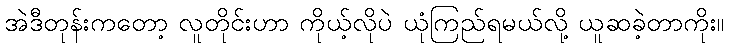
အဲဒီတုန်းကတော့ လူတိုင်းဟာ ကိုယ့်လိုပဲ ယုံကြည်ရမယ်လို့ ယူဆခဲ့တာကိုး။